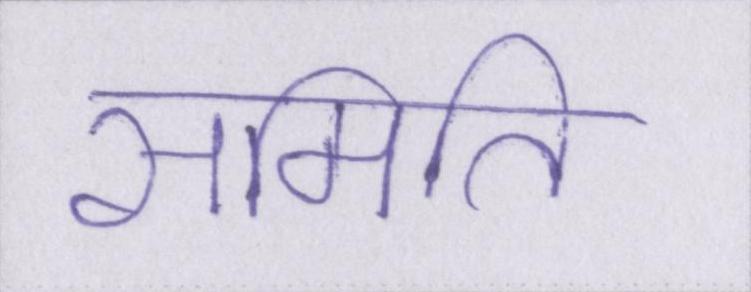
समिति